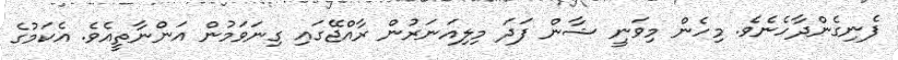
ފެނިގެންދާހެނެވެ. މިހެން މިވަނީ ޝާން ފަދަ މިލިއަނަރުން ރާއްޖޭގައި ގިނަވަމުން އަންނާތީއެވެ. އެކަމުގެ